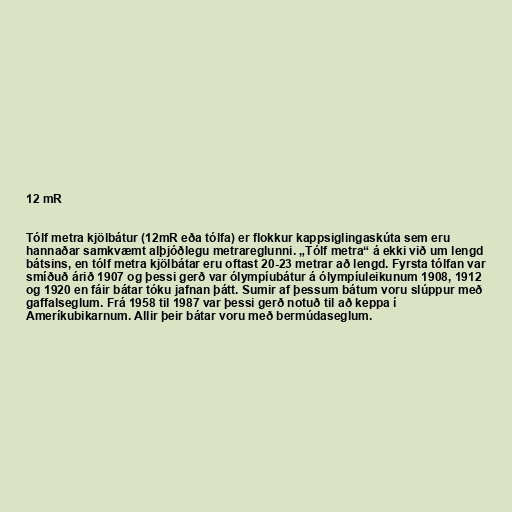
12 mR

Tólf metra kjölbátur (12mR eða tólfa) er flokkur kappsiglingaskúta sem eru
hannaðar samkvæmt alþjóðlegu metrareglunni. „Tólf metra“ á ekki við um lengd
bátsins, en tólf metra kjölbátar eru oftast 20-23 metrar að lengd. Fyrsta tólfan var
smíðuð árið 1907 og þessi gerð var ólympíubátur á ólympíuleikunum 1908, 1912
og 1920 en fáir bátar tóku jafnan þátt. Sumir af þessum bátum voru slúppur með
gaffalseglum. Frá 1958 til 1987 var þessi gerð notuð til að keppa í
Ameríkubikarnum. Allir þeir bátar voru með bermúdaseglum.